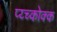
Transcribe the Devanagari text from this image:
प्य्च्कोक्क